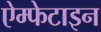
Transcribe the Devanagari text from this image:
ऐम्फेटाइन